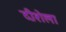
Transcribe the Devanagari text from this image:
दीशेला